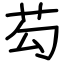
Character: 芶